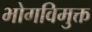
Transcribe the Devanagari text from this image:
भोगविमुक्त